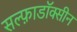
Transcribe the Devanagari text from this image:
सल्फ़ाडॉक्सीन